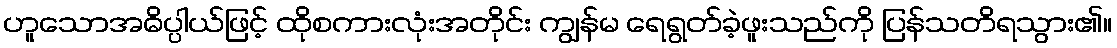
ဟူသောအဓိပ္ပါယ်ဖြင့် ထိုစကားလုံးအတိုင်း ကျွန်မ ရေရွတ်ခဲ့ဖူးသည်ကို ပြန်သတိရသွား၏။